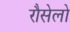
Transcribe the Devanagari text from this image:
रौसेलो